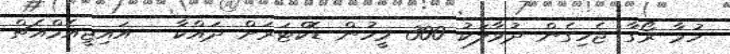
ހުމާ ރޯގާ ޖެހިގެން ދުވާލަކު 300 މީހުން ޑޮކްޓަރަށް ދައްކާ - އައިޖީއެމްއެޗް